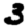
Digit: 3